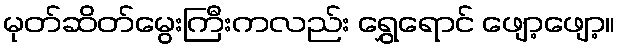
မုတ်ဆိတ်မွေးကြီးကလည်း ရွှေရောင် ဖျော့ဖျော့။